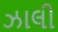
ઝાલી